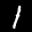
Label: 1